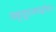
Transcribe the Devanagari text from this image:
सकृद्रुद्रजपाद्भवेत्।।